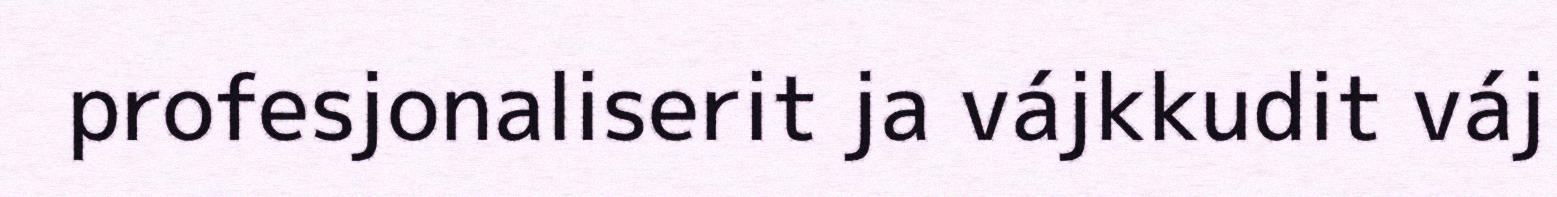
profesjonaliserit ja vájkkudit váj